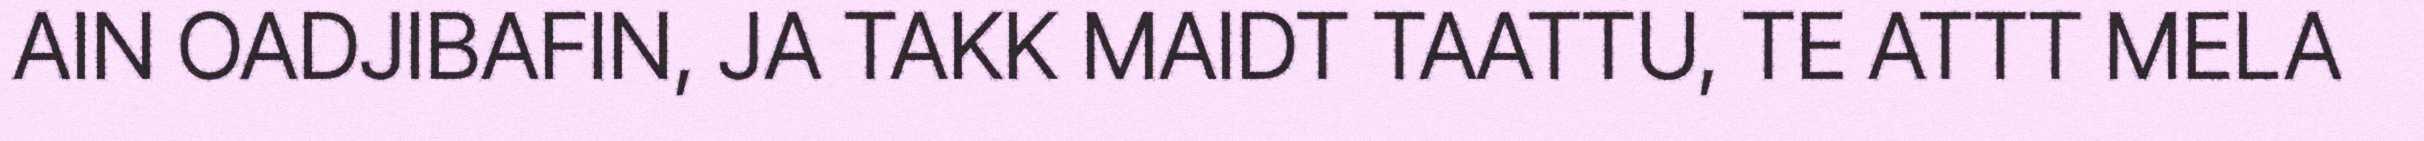
AIN OADJIBAFIN, JA TAKK MAIDT TAATTU, TE ATTT MELA